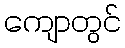
ကျောတွင်